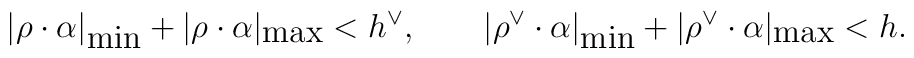
|\rho\cdot\alpha|_{\mbox{min}}+   |\rho\cdot\alpha|_{\mbox{max}}<h^\vee,\qquad   |\rho^\vee\cdot\alpha|_{\mbox{min}}   +|\rho^\vee\cdot\alpha|_{\mbox{max}}<h.